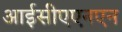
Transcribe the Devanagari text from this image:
आईसीएएनएन